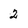
Character: 2